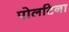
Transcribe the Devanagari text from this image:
पोलटिना